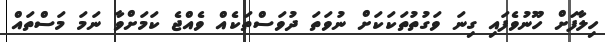
ހިލާފަށް ހޫނުވެފައި ގިނަ ވަގުތުތަކަކަށް ނުވަތަ ދުވަސްތަކެއް ވެއްޖެ ކަމަށްވާ ނަމަ މަސްތައް